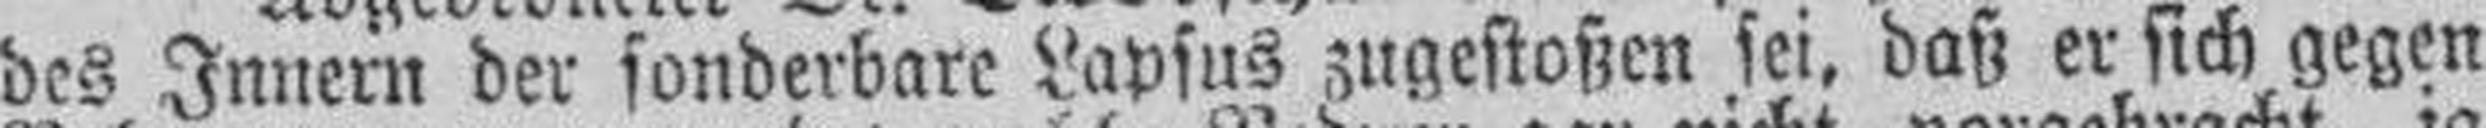
des Innern der sonderbare Lapsus zugestoßen sei, daß er sich gegen